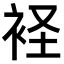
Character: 𧙔